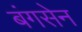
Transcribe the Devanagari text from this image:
बंगसेन